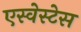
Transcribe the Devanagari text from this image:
एस्वेस्टेस